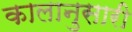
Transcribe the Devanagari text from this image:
कालानुसारी